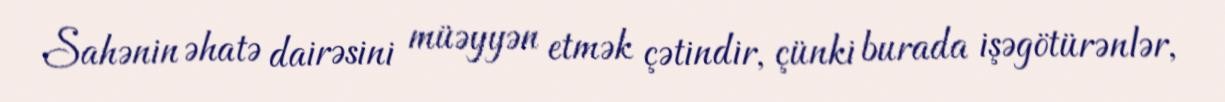
Sahənin əhatə dairəsini müəyyən etmək çətindir, çünki burada işəgötürənlər,